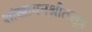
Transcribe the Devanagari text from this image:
शांखायनश्रौतसूत्र